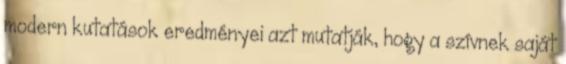
modern kutatások eredményei azt mutatják, hogy a szívnek saját